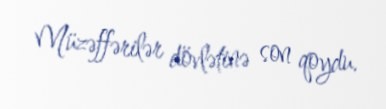
Müzəffərilər dövlətinə son qoydu.